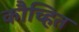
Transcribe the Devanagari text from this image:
कौच्हित